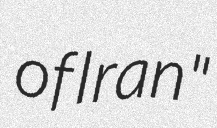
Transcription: of Iran"